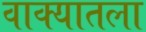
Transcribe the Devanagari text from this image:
वाक्यातला